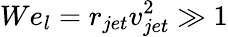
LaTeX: We_{l}=r_{jet}v_{jet}^{2}\gg 1